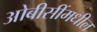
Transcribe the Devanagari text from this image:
ओबीसींमधील